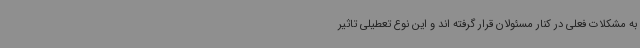
به مشکلات فعلی در کنار مسئولان قرار گرفته اند و این نوع تعطیلی تاثیر